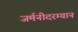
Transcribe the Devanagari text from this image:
जर्मनीदरम्यान